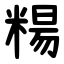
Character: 糃